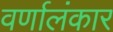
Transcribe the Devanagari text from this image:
वर्णालंकार